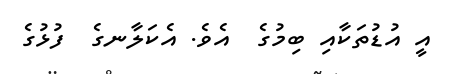
އީ އުޑުތަކާއި ބިމުގެ  އެވެ. އެކަލާނގެ  ފުޅުގެ